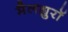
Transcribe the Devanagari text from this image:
मैलह्युरॉ